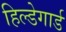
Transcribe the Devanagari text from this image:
हिल्डेगार्ड